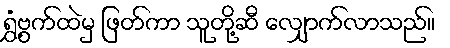
ရွှံ့ဗွက်ထဲမှ ဖြတ်ကာ သူတို့ဆီ လျှောက်လာသည်။